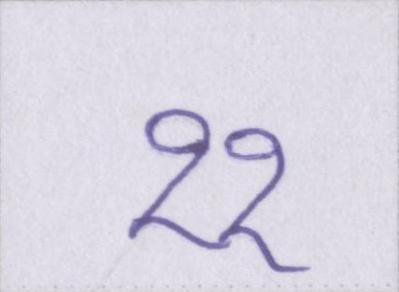
११